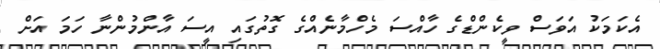
އެކަމަކު އަވަސް ވީކެންޑްގެ ހާއްސަ މެހްމާނެއްގެ ގޮތުގައި އީސަ އާންމުންނާ ހަމަ އަށް